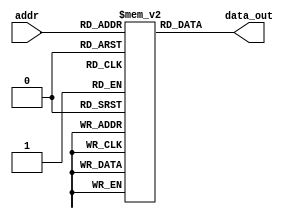
module InstMem (input [12:0] addr, output [31:0] data_out);
 reg [31:0] mem [0:8183];

// initial begin
 
// mem[0]=32'b000000000000_00000_010_00001_0000011 ; //lw x1, 0(x0) // 2083       x1= 17
// mem[1]=32'b000000000100_00000_010_00010_0000011 ; //lw x2, 4(x0) // 402103     x2 =9
// mem[2]=32'b000000001000_00000_010_00011_0000011 ; //lw x3, 8(x0) // 802183     x3 =25
// mem[3]=32'b0000000_00010_00001_110_00100_0110011 ; //or x4, x1, x2 / 20E233    x4 =25
// mem[4]=32'b0_000000_00011_00100_000_0100_0_1100011; //beq x4, x3, 4 // 320463  taken
// mem[5]=32'b0000000_00010_00001_000_00011_0110011 ; //add x3, x1, x2 // 2081B3
// mem[6]=32'b0000000_00010_00011_000_00101_0110011 ; //add x5, x3, x2 // 2182B3  x5= 34
// mem[7]=32'b0000000_00101_00000_010_01100_0100011; //sw x5, 12(x0) // 502623
// mem[8]=32'b000000001100_00000_010_00110_0000011 ; //lw x6, 12(x0) // C02303
// mem[9]=32'b0000000_00001_00110_111_00111_0110011 ; //and x7, x6, x1 // 1373B3
// mem[10]=32'b0100000_00010_00001_000_01000_0110011 ; //sub x8, x1, x2 // 40208433
// mem[11]=32'b0000000_00010_00001_000_00000_0110011 ; //add x0, x1, x2 // 208033
// mem[12]=32'b0000000_00001_00000_000_01001_0110011 ; //add x9, x0, x1 // 1004B3

 
// end




//initial begin
// mem[0]=32'b000000000000_00000_010_00001_0000011 ; //lw x1, 0(x0)
// mem[1]=32'b000000000100_00000_010_00010_0000011 ; //lw x2, 4(x0)
// mem[2]=32'b000000001000_00000_010_00011_0000011 ; //lw x3, 8(x0)
// mem[3]=32'b0000000_00010_00001_110_00100_0110011 ; //or x4, x1, x2
//// mem[4]=32'b0_000000_00011_00100_000_0100_0_1100011; //beq x4, x3, 4
// mem[4]=32'b000000000000_00000_000_00000_0001111 ; //FENCE
// mem[5]=32'b0000000_00010_00001_000_00011_0110011 ; //add x3, x1, x2
// mem[6]=32'b0000000_00010_00011_000_00101_0110011 ; //add x5, x3, x2
// mem[7]=32'b0000000_00101_00000_010_01100_0100011; //sw x5, 12(x0)
// mem[8]=32'b000000001100_00000_010_00110_0000011 ; //lw x6, 12(x0)
// mem[9]=32'b0000000_00001_00110_111_00111_0110011 ; //and x7, x6, x1
// mem[10]=32'b0100000_00010_00001_000_01000_0110011 ; //sub x8, x1, x2
// mem[11]=32'b0000000_00010_00001_000_00000_0110011 ; //add x0, x1, x2
// mem[12]=32'b0000000_00001_00000_000_01001_0110011 ; //add x9, x0, x1
// mem[13]=32'b000000000000_00000_010_00001_0001111 ; //FENCE
//// mem[14]=32'b000000000000_00000_010_00001_1110011 ; //ECALL


// end 

initial begin























mem[0]=32'h00000013; //no op

//*****
//equivalent to li x1, 0x0fef
mem[1]=32'h00fff0b7; //	lui x1 4095
mem[2]=32'heff08093; //addi x1 x1 -257
//****

mem[3]=32'h00102023; //	sw x1 0(x0)
mem[4]=32'h00101223; //	sh x1 4(x0)
mem[5]=32'h00100423; // sb x1 8(x0)
mem[6]=32'h00002103; //lw x2 0(x0)
mem[7]=32'h00001183;  //lh x3 4(x0)
mem[8]=32'h00000203; //lb x4 8(x0)
mem[9]=32'h00005283;//lhu x5 4(x0)
mem[10]=32'h00004303;//lbu x6 8(x0)


//mem[0]=32'h00200113;
//mem[1]=32'h008000ef;
//mem[2]=32'h00000073;
//mem[3]=32'h00300193;
//mem[4]=32'h40218133;
//mem[5]=32'h00310233;
//mem[6]=32'h002242b3;
//mem[7]=32'h00008367;

//mem[0]=32'h00000013;
//mem[1]=32'h000100b7;

//mem[2]=32'hff008093;
//mem[3]=32'h4030d093;











end

 
  
 
assign data_out = mem[addr];
endmodule